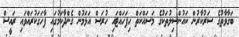
ބަގާވާތުގެ ސަރުކާރުން ކައުންސިލުތަކުގެ މަސައްކަތް ހިފަހައްޓައި ހުރަސް އަޅަމުން ގެންދާކަމުގައި ފާހަގަކުރައްވައި ރައީސް